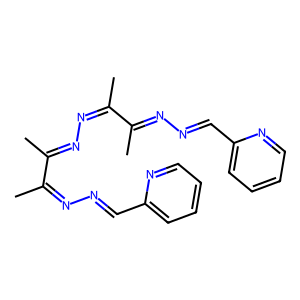
SMILES: CC(=NN=Cc1ccccn1)C(C)=NN=C(C)C(C)=NN=Cc1ccccn1
Inhibits HIV replication: No